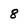
Character: 8